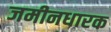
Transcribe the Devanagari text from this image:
जमीनधारक